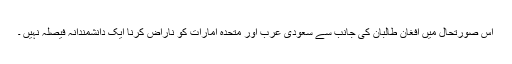
اس صورتحال میں افغان طالبان کی جانب سے سعودی عرب اور متحدہ امارات کو ناراض کرنا ایک دانشمندانہ فیصلہ نہیں ۔